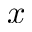
x